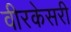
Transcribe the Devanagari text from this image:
वीरकेसरी